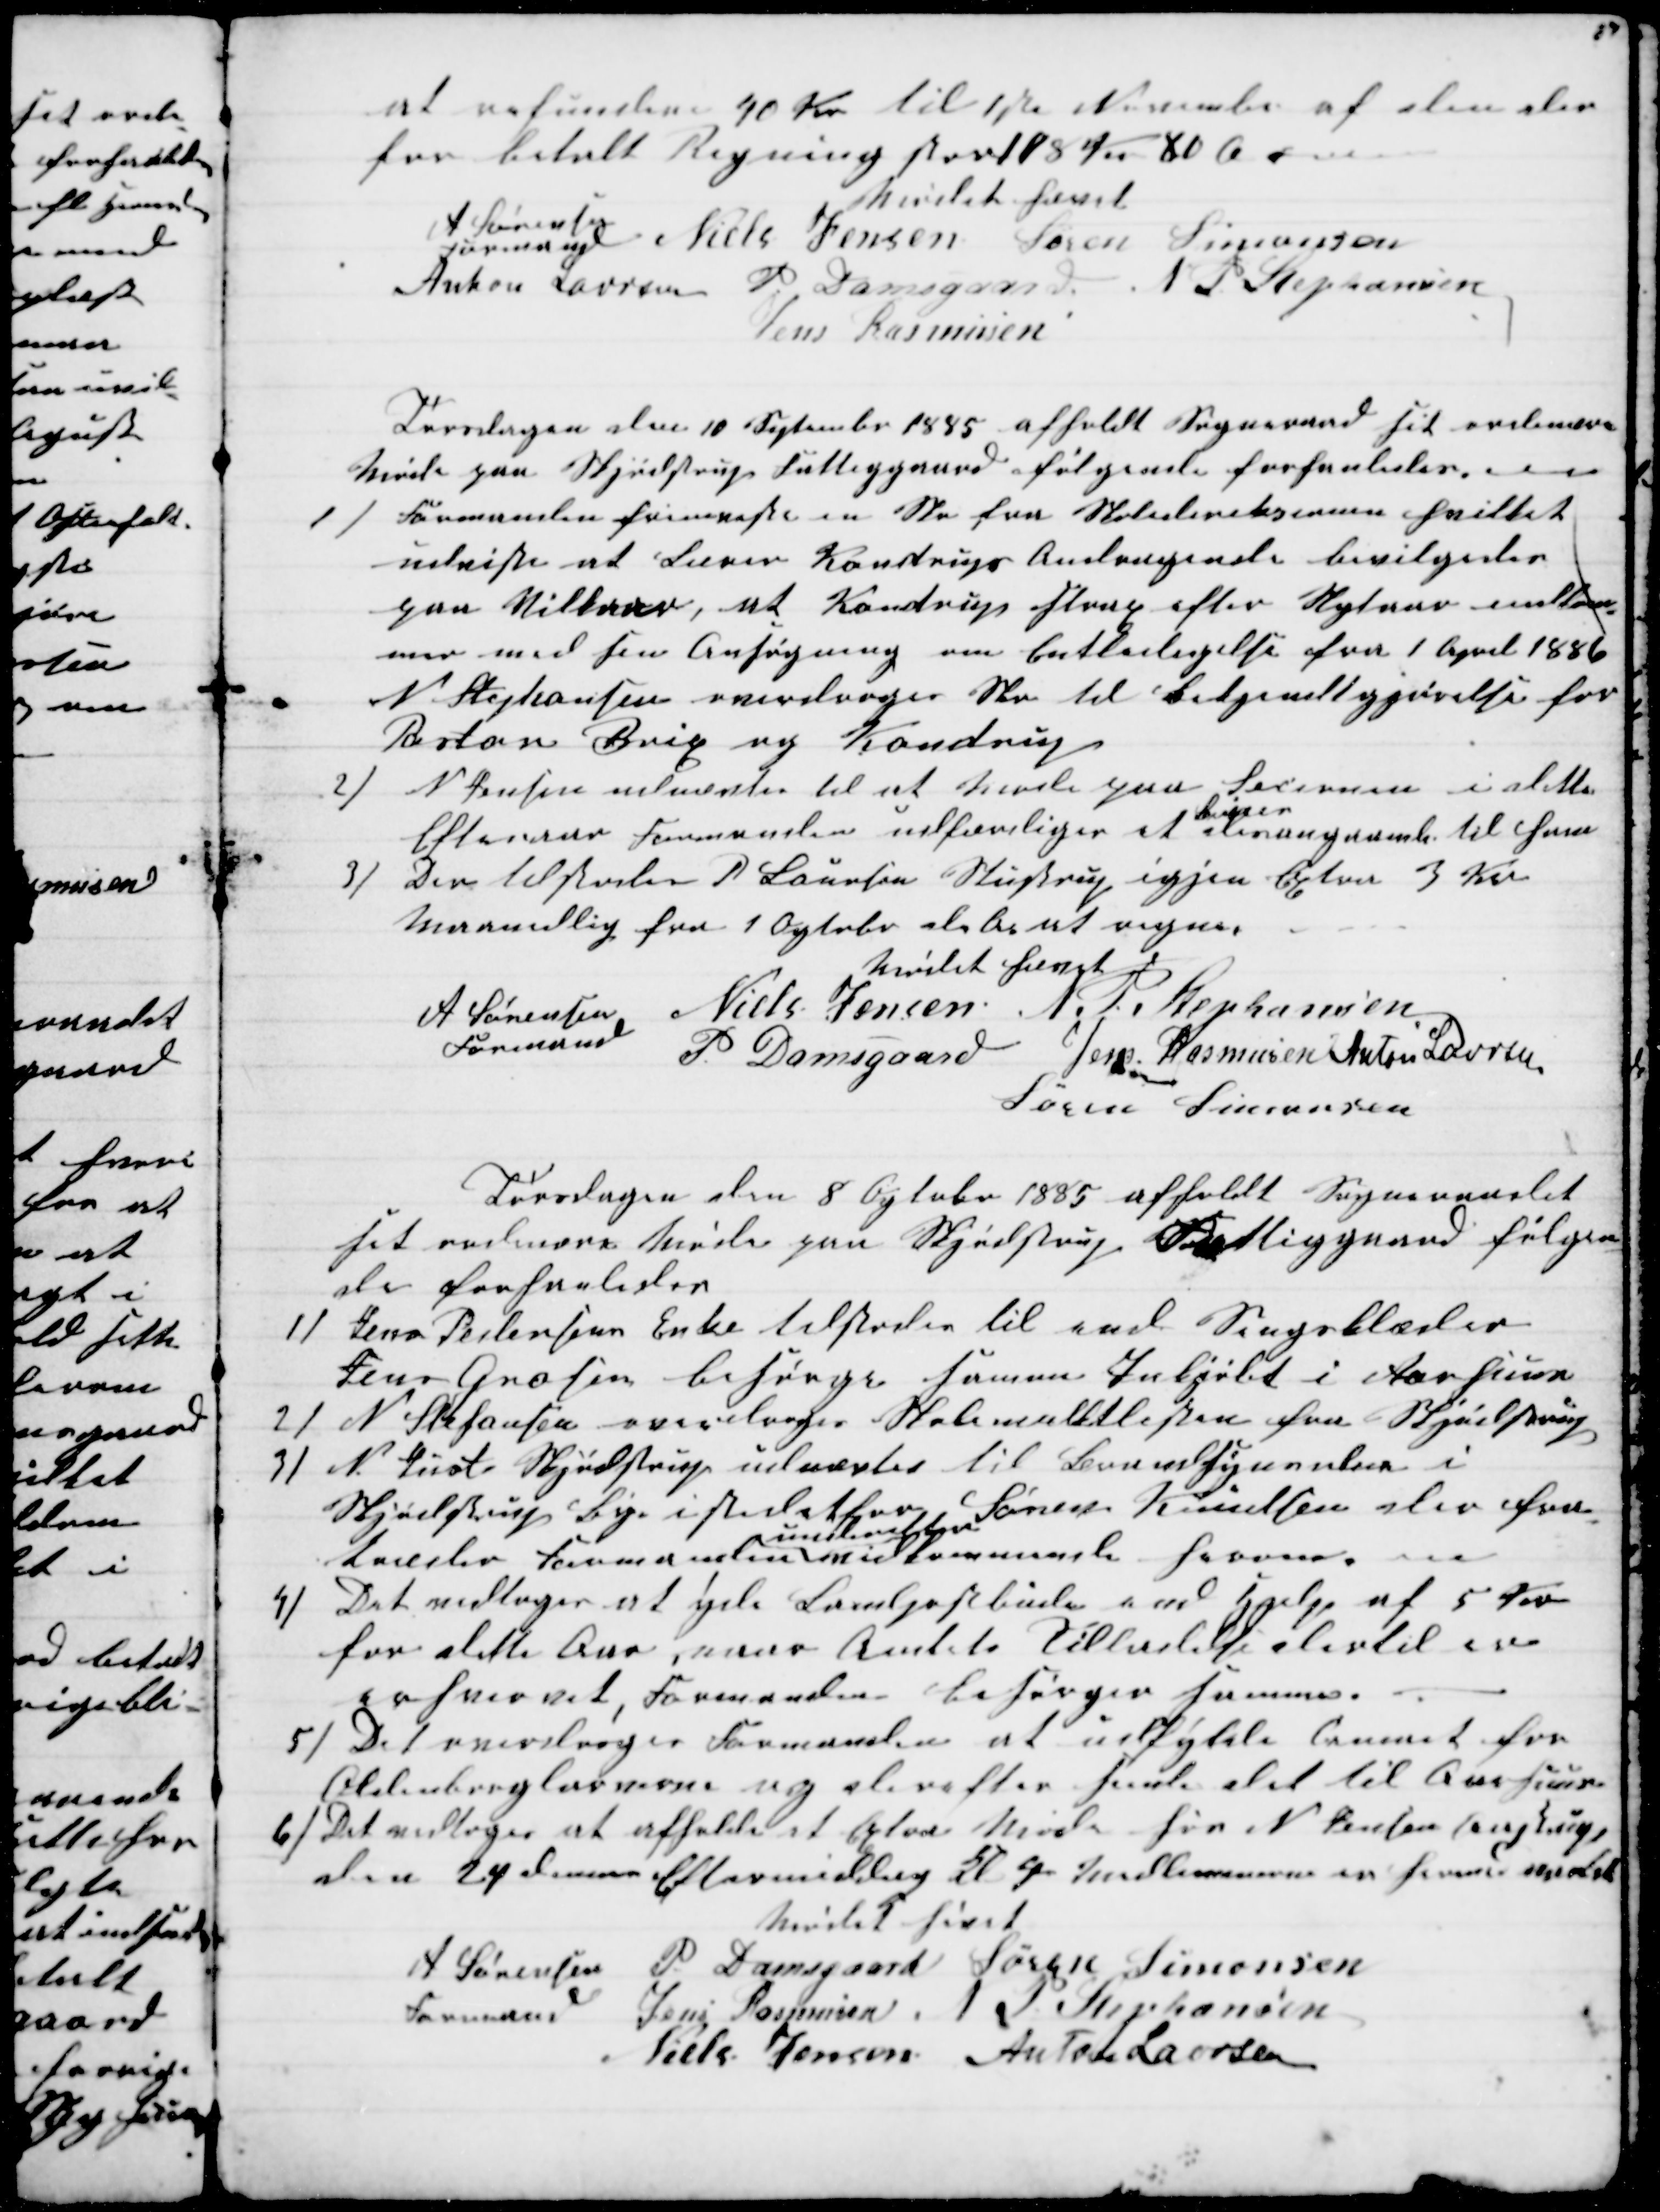
Transskription:
at refundere 40 Kr til 1ste November af den der
for betalt Regning stor 108 Kr 80 Ør
Mødet hævet
A Sørensen
Formand
Niels Jensen Søren Simonsen
Anton Laursen P. Damsgaard N. P. Stephansen
Jens Rasmusen
Torsdagen den 10 September 1885 afholdt Sogneraadet sit ordinære
Møde paa Skjødstrup Fattiggaard følgende forhandledes.
1)
Formanden fremviste en Skr fra Skoledireksionen hvilket
udviste at Lærer Kondrups Andragende bevilgedes
paa Vilkaar, at Kondrup strax efter Nytaar indkom-
mer med sin Ansøgning om Entledigelse fra 1 April 1886
N Stephansen overdroges Skr til Bekjendtgjørelse for
Pastor Brix og Kondrup
2)
N Jensen udnævtes til at Møde paa Secionen i dette
Efteraar Formanden udfærdiger et 
Bevis
desangaaende til ham
3) Den tilstodes P. Laursen Stustrup igjen Extra 3 Kr
Maanedlig fra 1 Ogtober d.A. at regne.
Mødet hævet
A Sørensen 
Formand
Niels Jensen N. P. Stephansen
P Damsgaard Jens Rasmusen Anton Laursen
Søren Simonsen
Torsdagen den 8 Ogtober 1885 afholdt Sogneraadet
sit ordinære Møde paa Skjødstrup Fattiggaard følgen-
de forhanledes
1) Jens Pedersens Enke tilstodes til end Sengeklæder
Jens Grosen besørger samme Indkjøbt i Aarhuus
2) N. Stefansen overdroges Skolemulktlisten fra Skjødstrup
3)
N. Just Skjødstrup udnævtes til Brandsynsvidne i
Skjødstrup Bye istedetfor Søren Knudsen der fra-
træder Formanden 
underetter
vedkommende herom.
4) Det vedtoges at yde Landpostbude end Hjælp af 5 Kr
for dette Aar, naar Amtets Tilladelse dertil er
erhvervet Formanden besørger samme.
5) Det overdroges Formanden at udfylde Cemaet for
Oldenborglarven og derefter sende det til Aarhuus
6) Det vedtoges at afholde et Extra Møde hos N Jensen Aastrup
den 24 dennes Eftermiddag Kl 4 Medlemmerne er hermed indkaldt
Mødet hævet
A Sørensen 
Formand
P. Damsgaard Søren Simonsen
Niels Jensen Anton Laursen